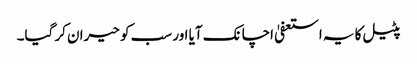
پٹیل کا یہ استعفیٰ اچانک آیا اور سب کو حیران کر گیا۔